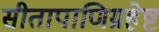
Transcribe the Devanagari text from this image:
सीतापाणिग्रहेष्ट